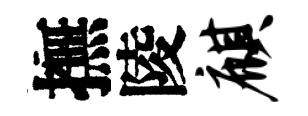
撫陵麒